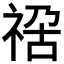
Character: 𥚁